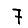
Digit: 7